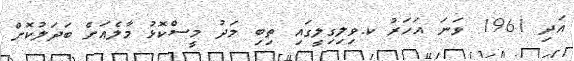
އަދި 1961 ވަނަ އަހަރު ކ.ވިލިގިލީގައި ތިބި މަދު މީސްކޮޅު މާލެއަށް ބަދަލުކޮށް